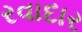
રવાદાર